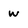
Character: W